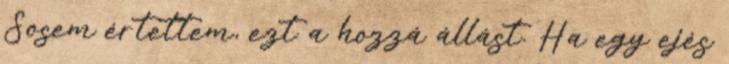
Sosem értettem, ezt a hozzá állást. Ha egy ejés